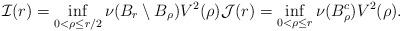
LaTeX: \begin{align*}\mathcal{I}(r)=\inf_{ 0<\rho\leq r/2}\nu(B_{r}\setminus B_\rho) V^2(\rho) \mathcal{J}(r)=\inf_{ 0<\rho\leq r}\nu(B_\rho^c)V^2(\rho).\end{align*}